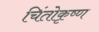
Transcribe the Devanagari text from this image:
चिंतोकृष्ण